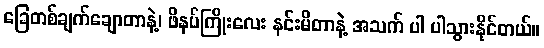
ခြေတစ်ချက်ချောတာနဲ့၊ ဖိနပ်ကြိုးလေး နင်းမိတာနဲ့ အသက် ပါ ပါသွားနိုင်တယ်။